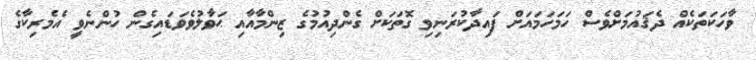
ވާހަކަތަކެއް ދެޤައުމަށްވެސް ހަމަހަމައަށް ފައިދާކުރަނިވި ގޮތަކަށް ގެންދިއުމުގެ ޒިންމާއާއި ޙަވާލުވެވަޑައިގެން ހުންނެވީ އެމެރިކާގެ